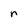
Character: r